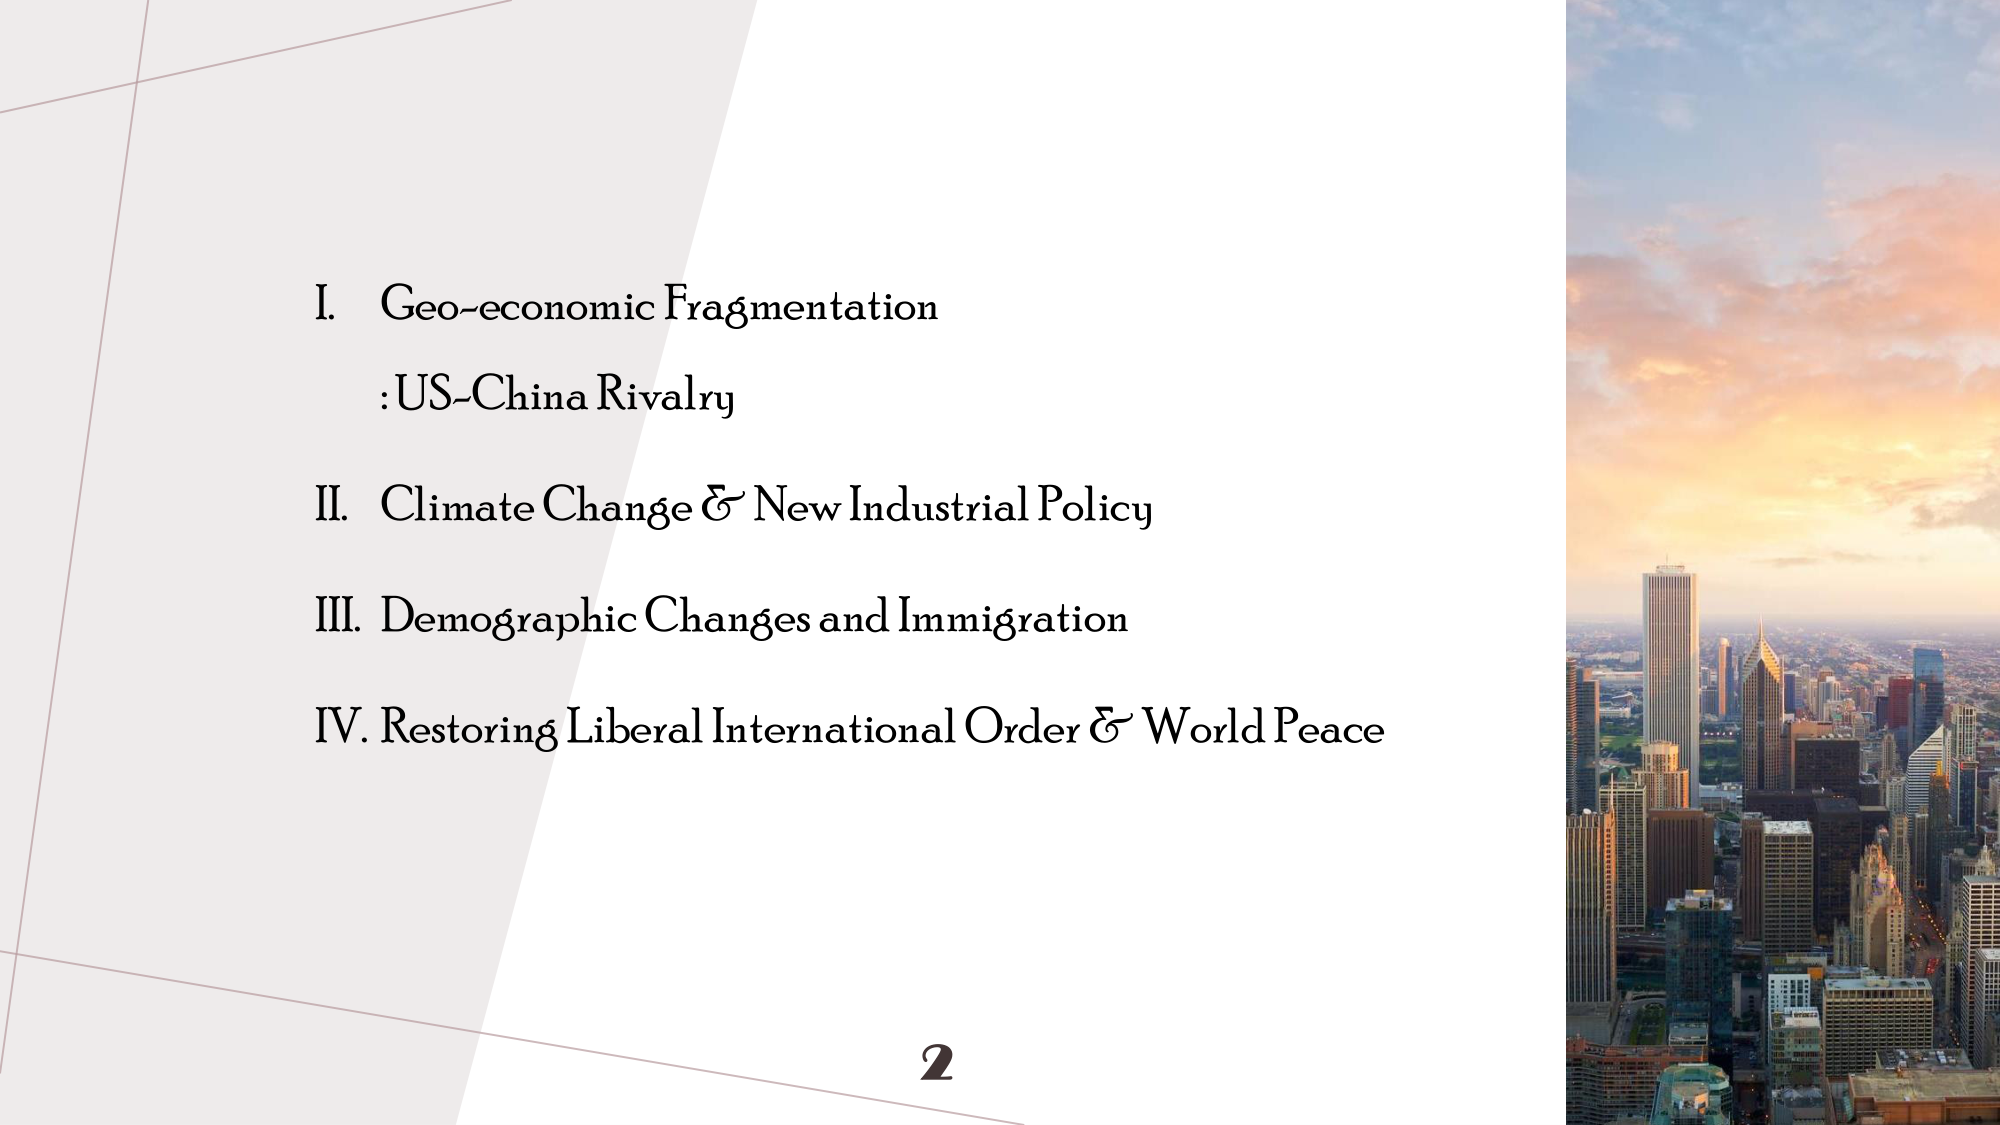
I. Geo-economic Fragmentation
: US-China Rivalry

II. Climate Change & New Industrial Policy

III. Demographic Changes and Immigration

IV. Restoring Liberal International Order & World Peace

2